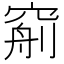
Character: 𥦧